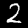
Label: 2